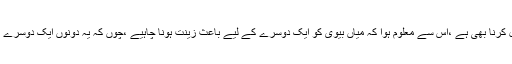
لباس کا ایک مقصد زینت حاصل کرنا بھی ہے ،اس سے معلوم ہوا کہ میاں بیوی کو ایک دوسرے کے لیے باعثِ زینت ہونا چاہیے ،چوں کہ یہ دونوں ایک دوسرے کے لیے لازم وملزوم ہوتے ہیں۔